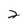
Character: 2